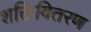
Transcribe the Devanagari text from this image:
शक्तिवितरण